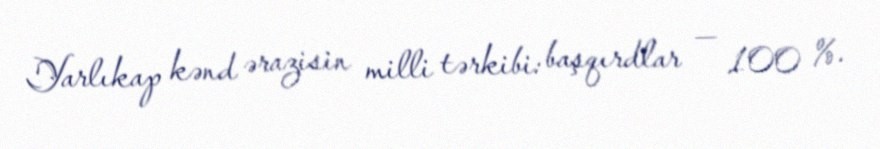
Yarlıkap kənd ərazisin milli tərkibi: başqırdlar — 100 %.